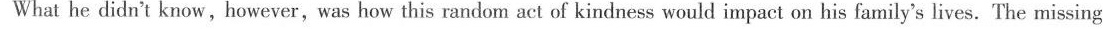
What he didn't know,however,was how this random act of kindness would impact on his family's lives. The missing